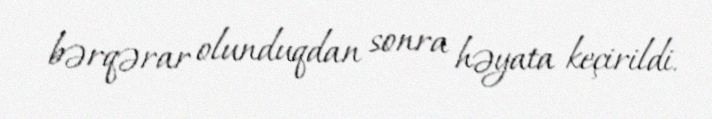
bərqərar olunduqdan sonra həyata keçirildi.